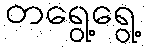
တရွေ့ရွေ့